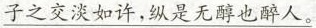
子之交淡如许，纵是无醇也醉人。